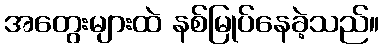
အတွေးများထဲ နစ်မြုပ်နေခဲ့သည်။